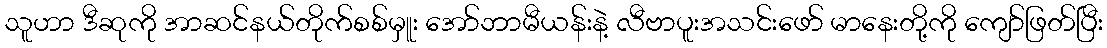
သူဟာ ဒီဆုကို အာဆင်နယ်တိုက်စစ်မှူး အော်ဘာမီယန်းနဲ့ လီဗာပူးအသင်းဖော် မာနေးတို့ကို ကျော်ဖြတ်ပြီး